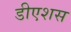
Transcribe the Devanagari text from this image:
डीएशस